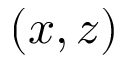
( x , z )